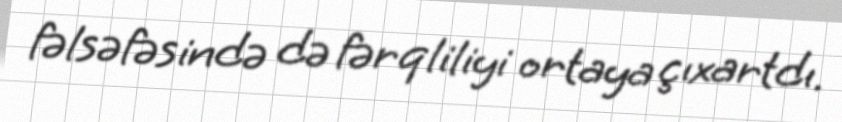
fəlsəfəsində də fərqliliyi ortaya çıxartdı.